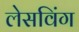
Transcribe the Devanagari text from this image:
लेसविंग